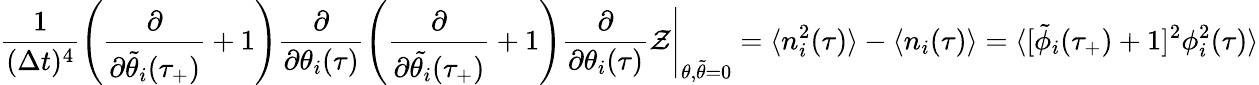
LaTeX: \frac{1}{(\Delta t)^{4}}\left(\frac{\partial}{\partial\tilde{\theta}_{i}(\tau_{+})}+1\right)\frac{\partial}{\partial\theta_{i}(\tau)}\left(\frac{\partial}{\partial\tilde{\theta_{i}}(\tau_{+})}+1\right)\frac{\partial}{\partial\theta_{i}(\tau)}\mathcal{Z}\Bigg|_{\theta,\tilde{\theta}=0}=\langle n_{i}^{2}(\tau)\rangle-\langle n_{i}(\tau)\rangle=\langle[\tilde{\phi}_{i}(\tau_{+})+1]^{2}\phi_{i}^{2}(\tau)\rangle